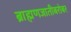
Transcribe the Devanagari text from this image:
ब्राह्मणजातीबरोबर